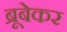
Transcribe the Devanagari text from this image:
ब्रूबेकर